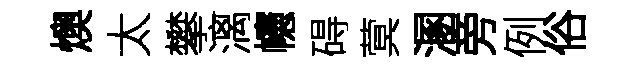
燠太攀漓幰碍蓂溷旁例俗